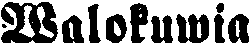
Walokuwia